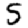
Digit: 5